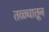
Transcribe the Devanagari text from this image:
तळ्यातून